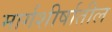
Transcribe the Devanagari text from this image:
मार्गशीर्षातील